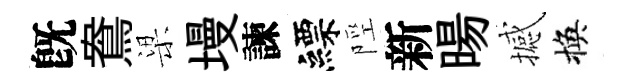
旣鴦梁墁諫縹陘新暘撼換